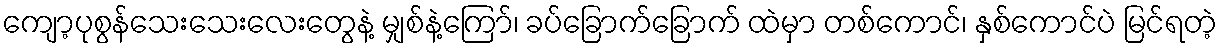
ကျော့ပုစွန်သေးသေးလေးတွေနဲ့ မျှစ်နဲ့ကြော်၊ ခပ်ခြောက်ခြောက် ထဲမှာ တစ်ကောင်၊ နှစ်ကောင်ပဲ မြင်ရတဲ့